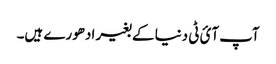
آپ آئ ٹی دنیا کے بغیر ادھورے ہیں۔